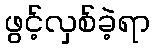
ဖွင့်လှစ်ခဲ့ရာ